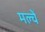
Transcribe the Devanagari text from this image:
मल्चें